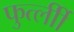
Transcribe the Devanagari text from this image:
फुर्त्लीी